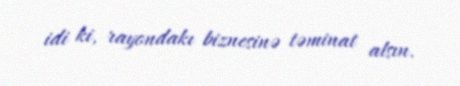
idi ki, rayondakı biznesinə təminat alsın.